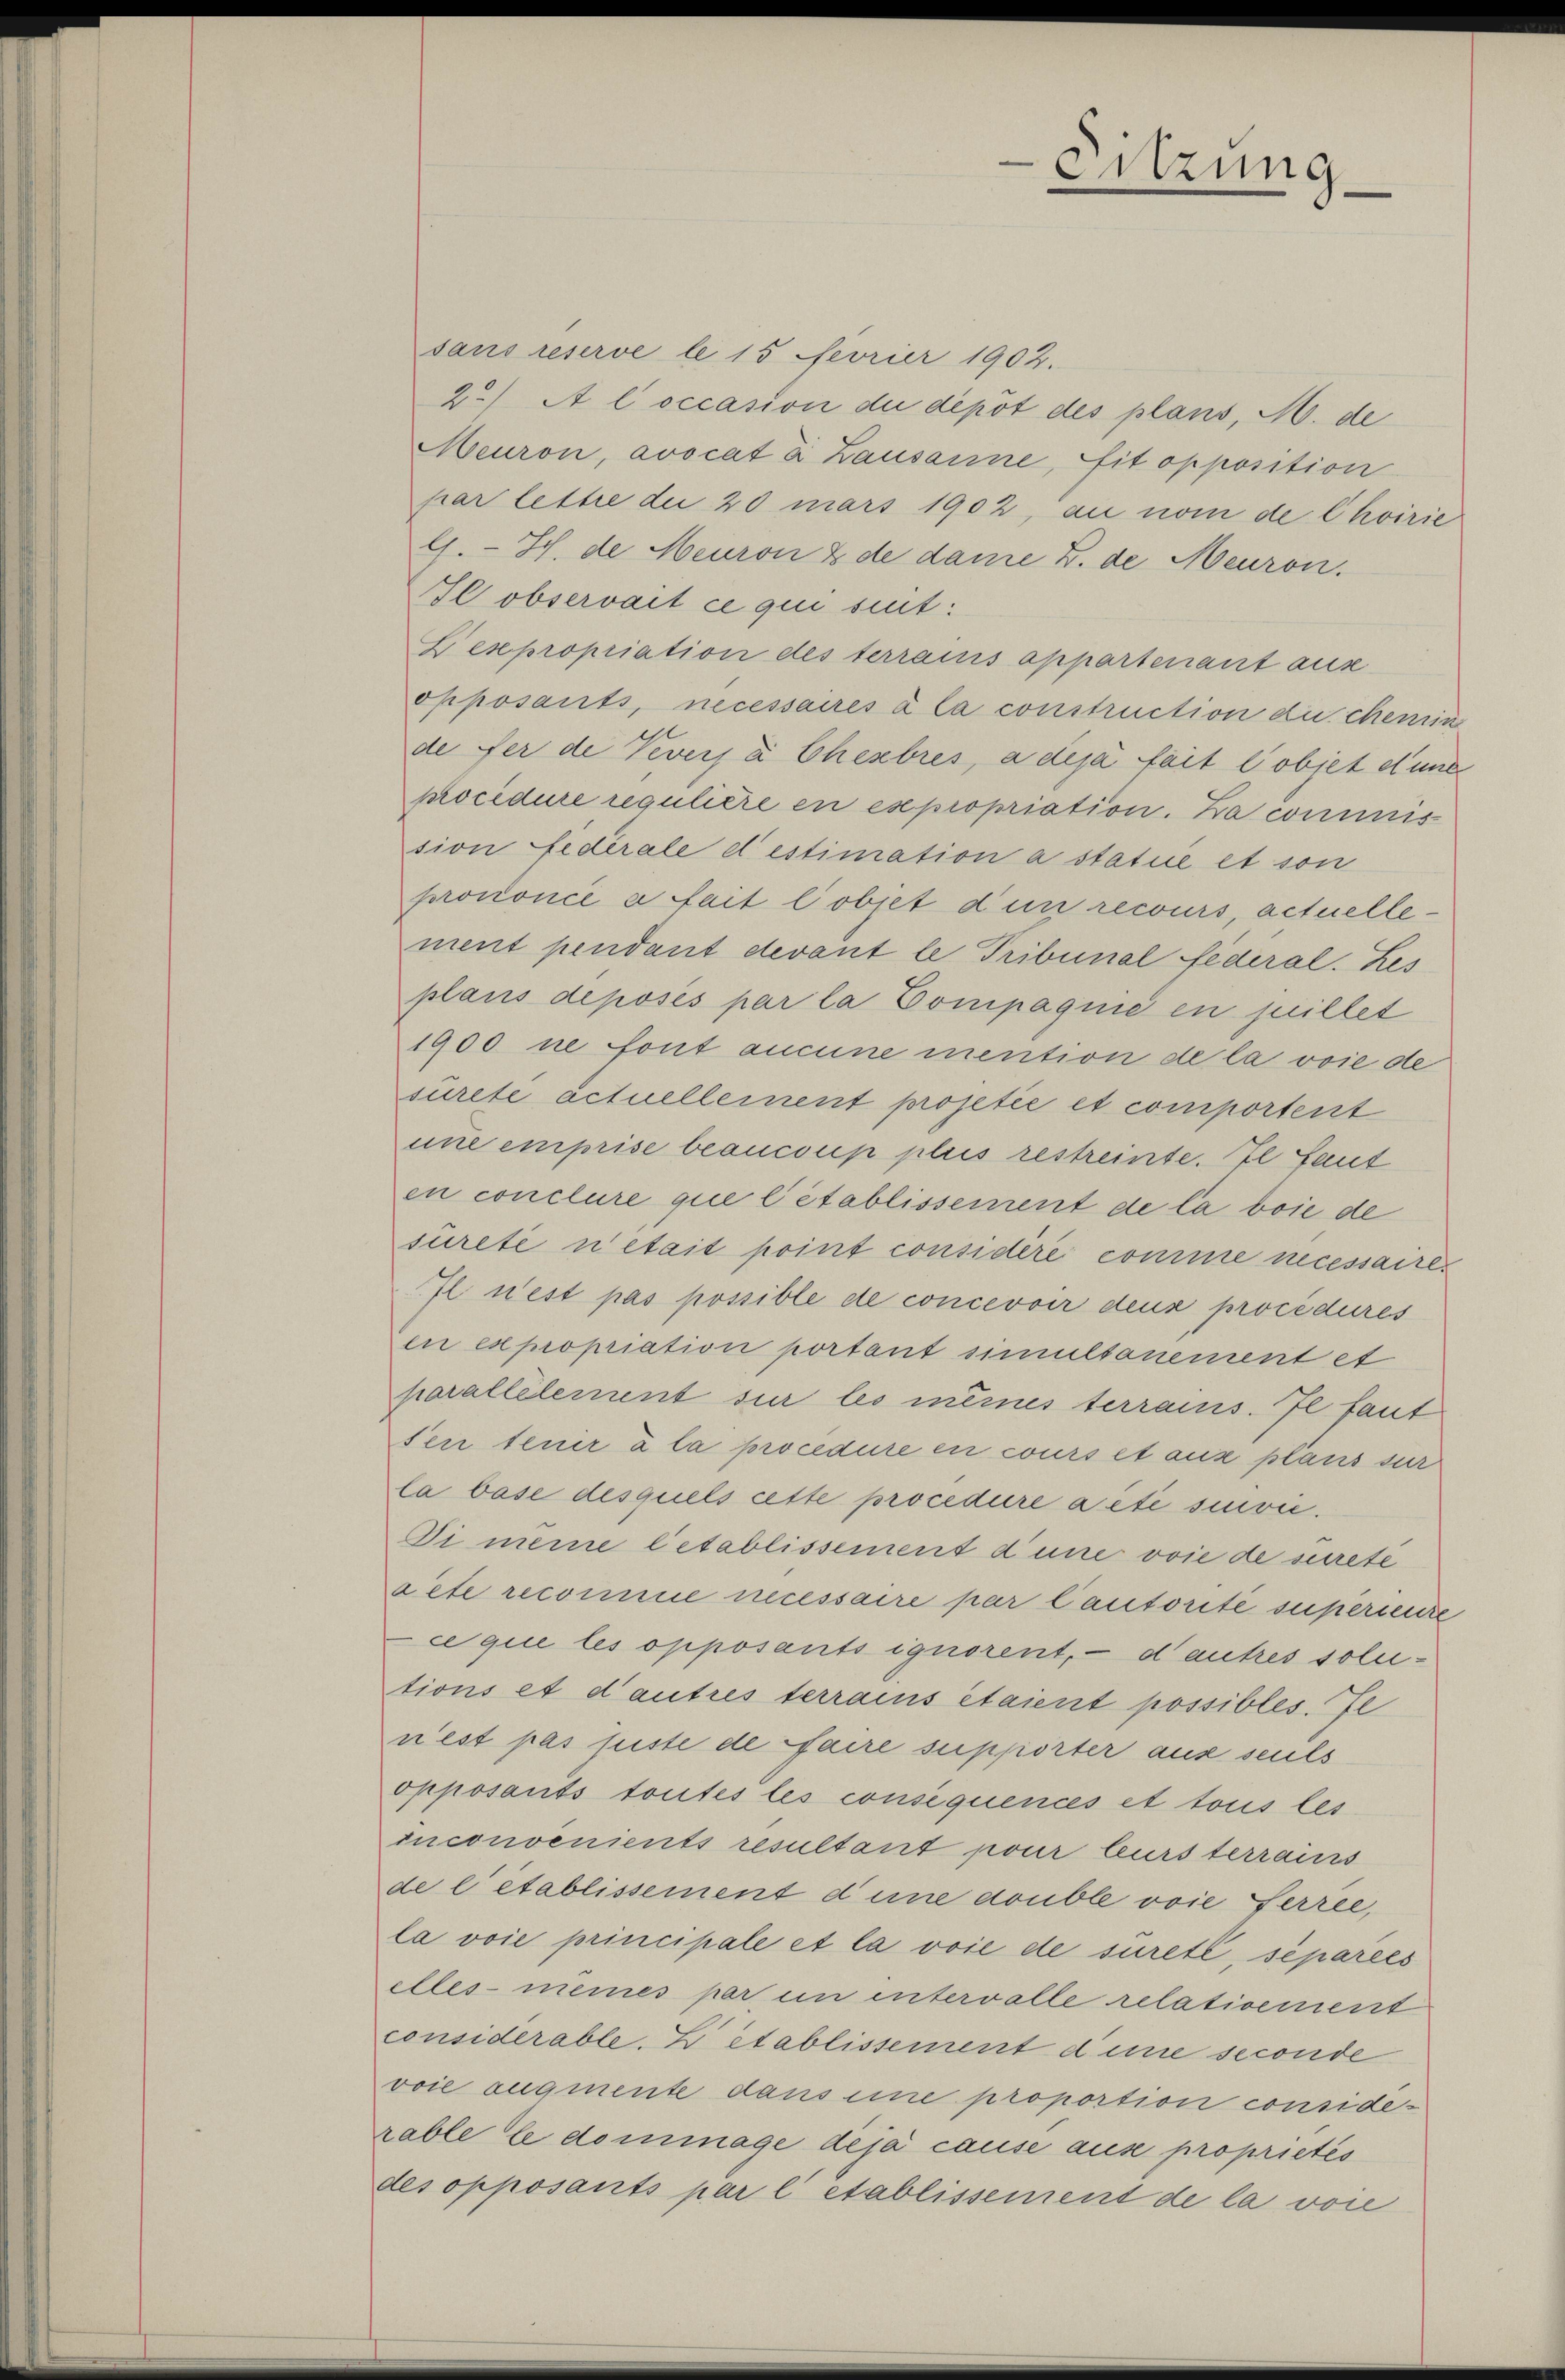
sans reserve le 15 Fevrier 1902.
2) A l occasion die depot des plans, M. de
Meuron, avocat die Lausanne, sit opposition
par lette die 20 mars 1902, au nom de Choirie
G. H. de Meuron & de dame Z. de Meuron.
Il observait ce qui suit:
Lesepropriation des terraus appartenant aus
opposants, necessaires à la construction du chemin
de fer de Nevers à Cherbres, a déjà fait l’objet d’une
procedure regulière en expropriation. (...)commis
sion federale destimation a statue et son
prononcé à fait lobjet d’un recours, actuellement pendant devant le Tribunal federal. Les
plans deposés par la Compagnie en quillet
1900 ne font aucune mention de la voie de
surete actuellement projetée et comportent
une emprise beaucoup plus restreinte. Il faut
en conclure que l’établissement de la boie de
sureté n’était point considéré comme necessaire.
Il n’est pas possible de concevoir deux procédures
en expropriation portant simultanement et
parallelement sur les meines terrains. Je faut
sen tenir à la procedure en cours et aus plans sur
la base desquels cette procedure a été siuvić.
Di meine letablissement d’une voie de sureté
acte recomme necessaire par Cautorité superienze
cque les opposants ignorent, — d autres solutions et d’autres terrains étaient possibles. Je
nest pas feste de faire supporter aus seuls
opposants toutes les consequences et tous les
inconvenients resultant pour leurs terrains
de e etablissement d’une double voie erree,
la voie principale et la voie de sureté, séparées
elles meines par um intervalle relativement
considerable, Z établissement d’une seconde
voie augmente dans eine proportion considerable le dommage deja cause ause proprietés
des opposants par l’ etablissement de la vore

Sitzung